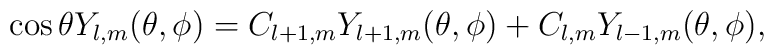
\cos{\theta} Y_{l,m}(\theta,\phi) = C_{l+1,m} Y_{l+1,m}(\theta,\phi) + C_{l,m} Y_{l-1,m}(\theta,\phi),